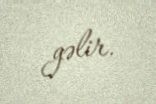
gəlir.